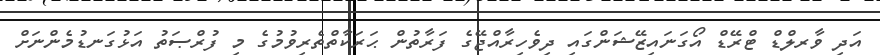
އަދި ވާރލްޑް ޓްރޭޑް އޯގަނައިޒޭޝަންގައި ދިވެހިރާއްޖޭގެ ފަރާތުން ޙަރަކާތްތެރިވުމުގެ މި ފުރްޞަތު އަޅުގަނޑުމެންނަށް